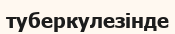
туберкулезінде